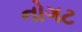
નોગટ